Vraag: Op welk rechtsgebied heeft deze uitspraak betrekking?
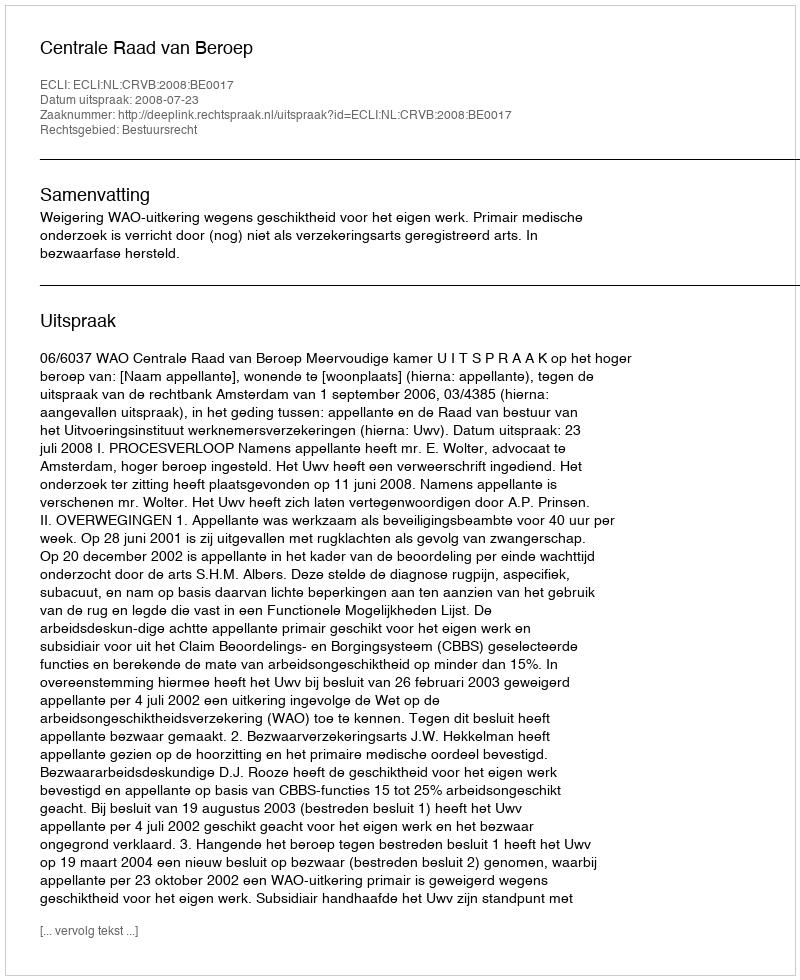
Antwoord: Bestuursrecht